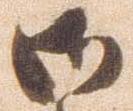
御